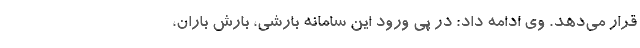
قرار می‌دهد. وی ادامه داد: در پی ورود این سامانه بارشی، بارش باران،